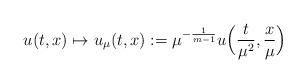
LaTeX: \begin{align*}u(t,x) \mapsto u_{\mu} (t,x) := \mu ^{-\frac{1}{m-1}} u \Big( \frac{t}{\mu ^2} , \frac{x}{\mu} \Big)\end{align*}